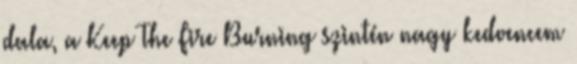
dala, a Keep The Fire Burning szintén nagy kedvencem